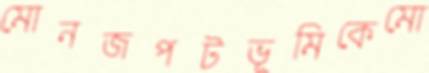
মোনজপটভূমিকেমো